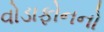
વોડાફોનનો